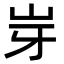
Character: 𡵥